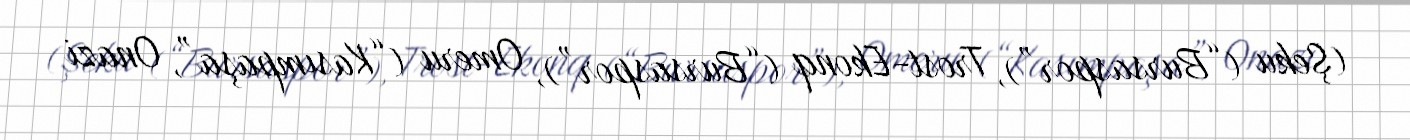
(Şeku (“Bursaspor”), Trost-Ekonq (“Bursaspor”), Omeru (“Kasımpaşa”, Onazi